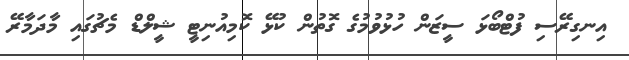
އިނގިރޭސި ފުޓްބޯޅަ ސީޒަން ހުޅުވުމުގެ ގޮތުން ކުޅޭ ކޮމިއުނިޓީ ޝީލްޑް މެޗުގައި މާދަމާރޭ